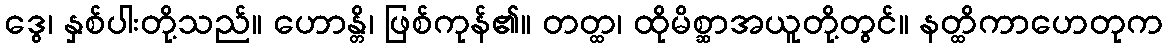
ဒွေ၊ နှစ်ပါးတို့သည်။ ဟောန္တိ၊ ဖြစ်ကုန်၏။ တတ္ထ၊ ထိုမိစ္ဆာအယူတို့တွင်။ နတ္ထိကာဟေတုက